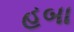
હબા